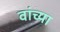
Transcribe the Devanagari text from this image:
वांच्या